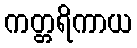
ကတ္တရိကာယ